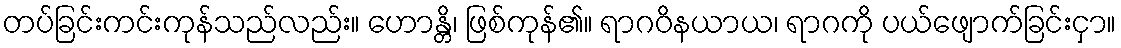
တပ်ခြင်းကင်းကုန်သည်လည်း။ ဟောန္တိ၊ ဖြစ်ကုန်၏။ ရာဂဝိနယာယ၊ ရာဂကို ပယ်ဖျောက်ခြင်းငှာ။